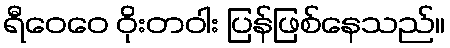
ရီဝေဝေ ဝိုးတဝါး ပြန်ဖြစ်နေသည်။